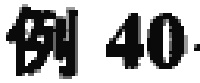
例 40.